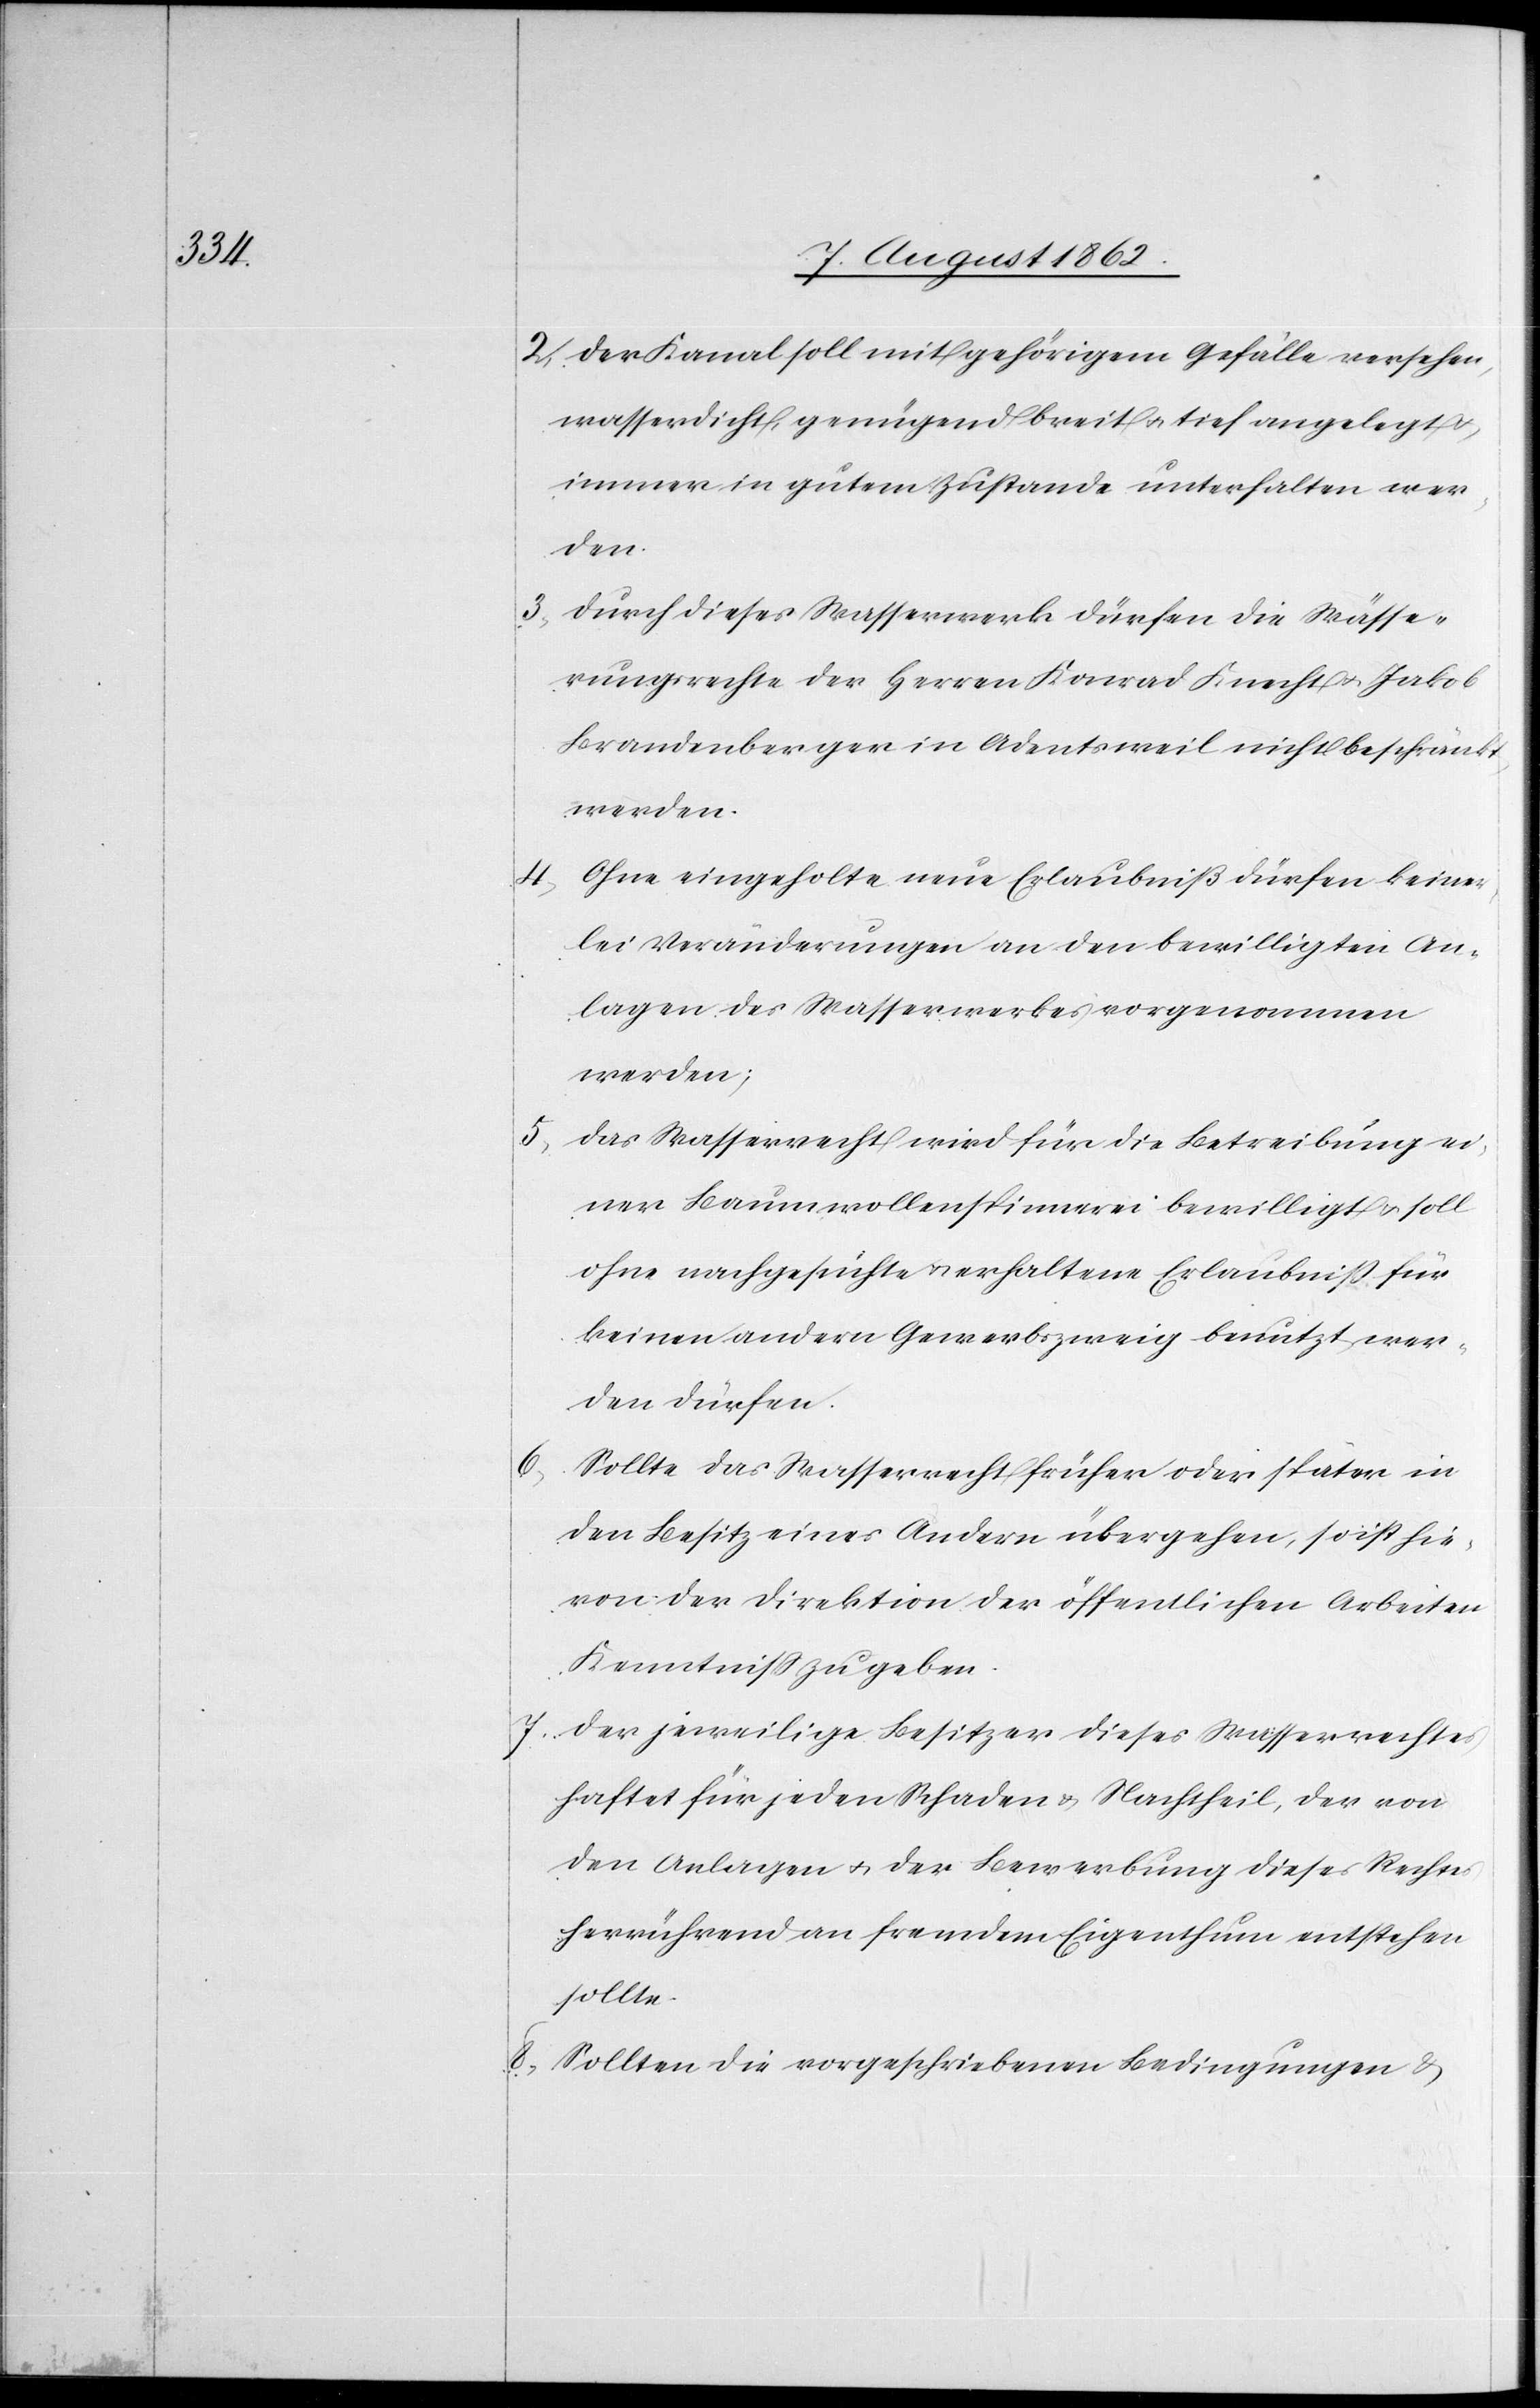
2) Der Kanal soll mit gehörigem Gefälle versehen,
wasserdicht, genügend breit u. tief angelegt u.
immer in gutem Zustande unterhalten wer¬
den.
3.) Durch dieses Wasserwerk dürfen die Wässe¬
rungsrechte der Herren Konrad Knecht u. Jakob
Brandenberger in Adentsweil nicht beschränkt
werden.
4) Ohne eingeholte neue Erlaubniß dürfen keiner¬
lei Veränderungen an den bewilligten An¬
lagen des Wasserwerkes vorgenommen
werden;
5) Das Wasserrecht wird für die Betreibung ei¬
ner Baumwollenspinnerei bewilligt u. soll
ohne nachgesuchte u. erhaltene Erlaubniß für
keinen andern Gewerbszweig benutzt wer¬
den dürfen.
Sollte das Wasserrecht früher oder später in
den Besitz eines Andern übergehen, so ist hie¬
von der Direktion der öffentlichen Arbeiten
Kenntniß zu geben.
7) Der jeweilige Besitzer dieses Wasserrechtes
haftet für jeden Schaden u. Nachtheil, der von
den Anlagen u. der Bewerbung dieses Rechts
herrührend an fremdem Eigenthum entstehen
sollte.
8) Sollten die vorgeschriebene Bedingungen u.